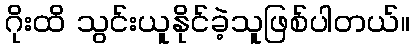
ဂိုးထိ သွင်းယူနိုင်ခဲ့သူဖြစ်ပါတယ်။